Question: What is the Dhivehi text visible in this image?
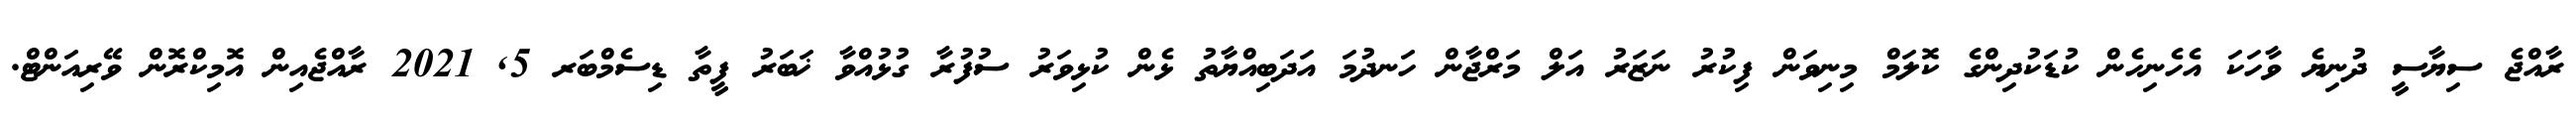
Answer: ރާއްޖެ ސިޔާސީ ދުނިޔެ ވާހަކަ އެހެނިހެން ކުޑަކުދިންގެ ކޮލަމް މިނިވަން ފިކުރު ނަޒަރު އަލް މަރްޖާން ހަނދުމަ އަދަބިއްޔާތު ޅެން ކުޅިވަރު ސުފުރާ ގުޅުއްވާ ޚަބަރު ފީތާ ޑިސެމްބަރ 5, 2021 ރާއްޖެއިން އޮމިކްރޮން ވޭރިއަންޓް.